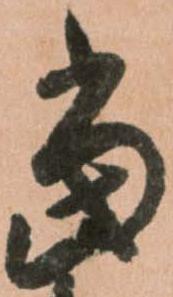
當